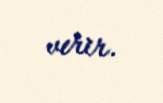
verir.